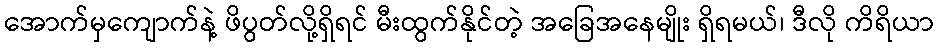
အောက်မှကျောက်နဲ့ ဖိပွတ်လို့ရှိရင် မီးထွက်နိုင်တဲ့ အခြေအနေမျိုး ရှိရမယ်၊ ဒီလို ကိရိယာ